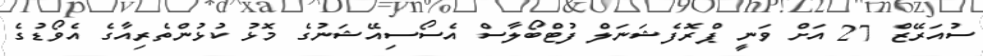
ސުއަރޭޒް 27 އަށް ވަނީ ޕްރޮފެޝަނަލް ފުޓްބޯލާސް އެސޯސިއޭޝަނުގެ މޮޅު ކުޅުންތެރިއާގެ އެވޯޑުގެ